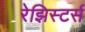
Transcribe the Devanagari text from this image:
रेझिस्टर्स